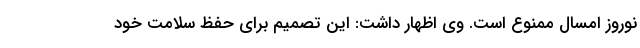
نوروز امسال ممنوع است. وی اظهار داشت: این تصمیم برای حفظ سلامت خود